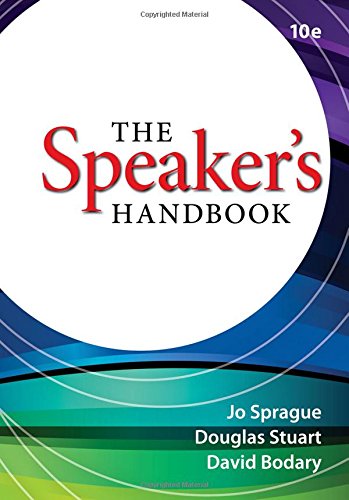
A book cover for The Speaker's Handbook; Jo Sprague; Reference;